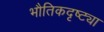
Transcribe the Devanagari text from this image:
भौतिकदृष्ट्या